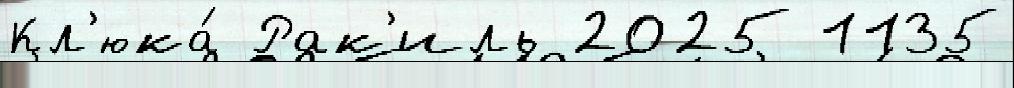
Кл'юка́ Рак'иль 2025 1135